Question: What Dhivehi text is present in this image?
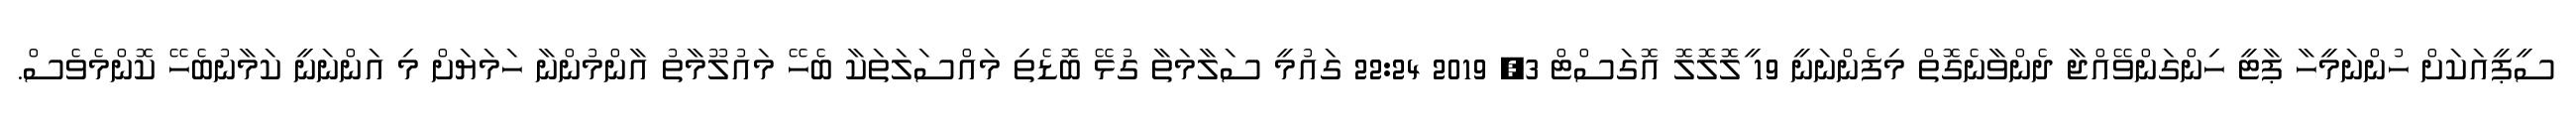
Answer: ސީޕީއަކަށް ހުންނަމީހާ ޕާޓީ ހިންގަންވޭއްޖާ ދެންވާނެގޮތް މިފެންނަނީ 19 ީލޮލޮލޮ އޮގަސްޓް 3, 2019 22:24 ގައުމީ ސަލާމަތާ ގުޅޭ ބޮޑެތި މައްސަލަތަކާ ބެހޭ މައުލޫމާތު އާންމުންނާ ހަމަޔަށް މި އަންނަނީ ކަމާނުބެހޭ ކޮންމެވެސް.